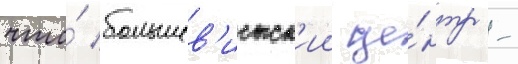
что́ большев'истск'ии це́нтр -